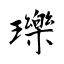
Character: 瓅